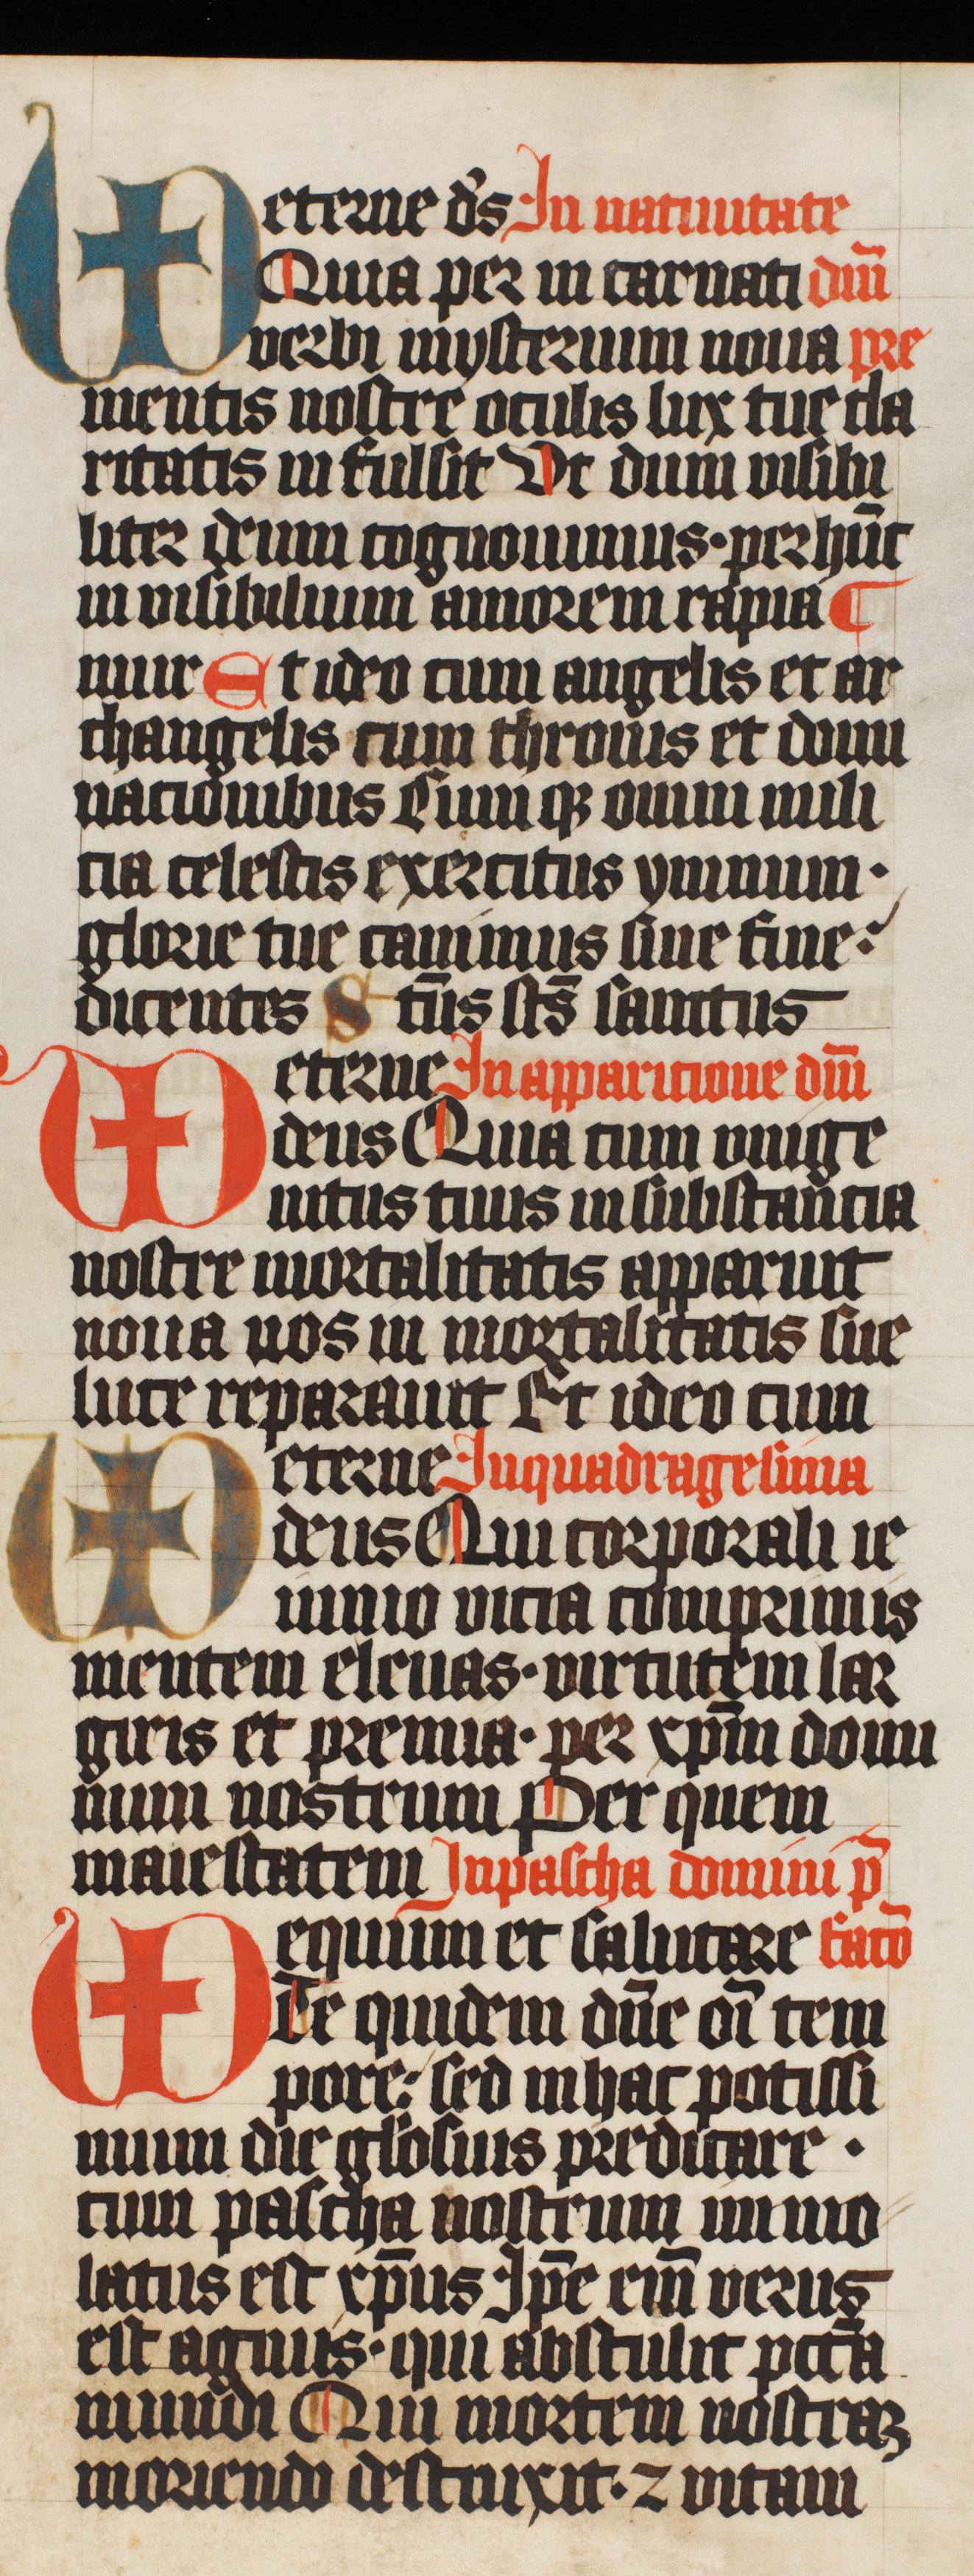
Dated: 1420–1429